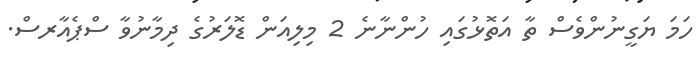
ހަމަ ޔަގީނުންވެސް ތާ އަތޮޅުގައި ހުންނާނެ 2 މިލިއަން ޑޮލަރުގެ ދިމާނުވާ ސްޕެއާރސް.